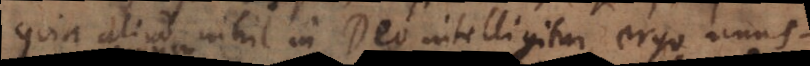
quia aliud nihil in Deo intelligitur, ergo unusq